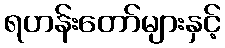
ရဟန်းတော်များနှင့်